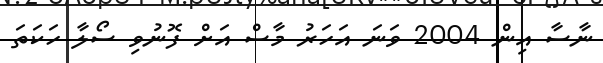
ނާސާ އިން 2004 ވަނަ އަހަރު މާސް އަށް ފޮނުވި ސޯލާ ހަކަތަ